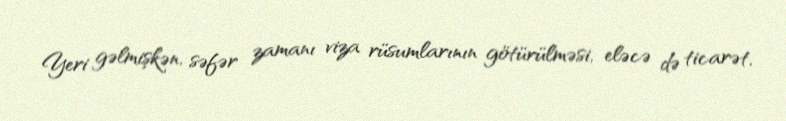
Yeri gəlmişkən, səfər zamanı viza rüsumlarının götürülməsi, eləcə də ticarət,